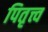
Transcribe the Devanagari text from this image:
पितृत्त्व